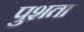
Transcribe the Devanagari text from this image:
पुशता